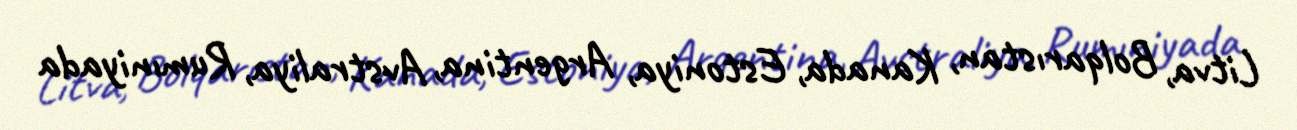
Litva, Bolqarıstan, Kanada, Estoniya, Argentina, Avstraliya, Rumıniyada